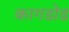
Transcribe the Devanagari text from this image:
कागडोड